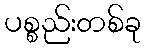
ပစ္စည်းတစ်ခု